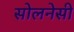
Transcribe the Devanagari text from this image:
सोलनेसी